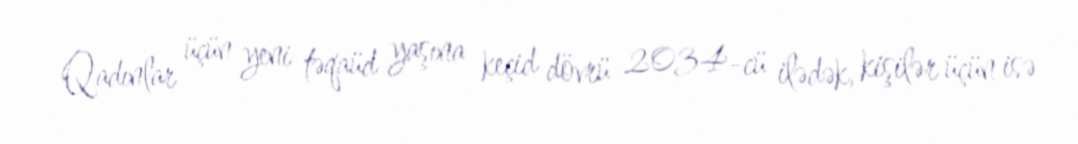
Qadınlar üçün yeni təqaüd yaşına keçid dövrü 2034-cü ilədək, kişilər üçün isə